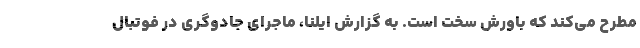
مطرح می‌کند که باورش سخت است. به گزارش ایلنا، ماجرای جادوگری در فوتبال